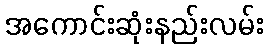
အကောင်းဆုံးနည်းလမ်း